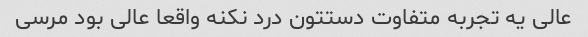
عالی یه تجربه متفاوت دستتون درد نکنه واقعا عالی بود مرسی